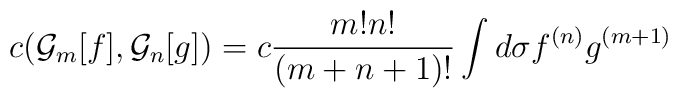
c({\cal G}_m[f],{\cal G}_n[g]) =c {m! n! \over (m+n+1)!} \int d\sigma f^{(n)} g^{(m+1)}